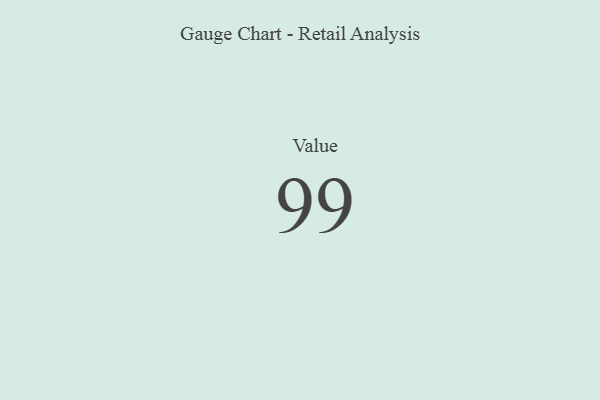
{"axis": {"x": "Metric", "y": "Value"}, "legend": [""], "data": [{"x": "Value", "y": 99, "type": ""}]}